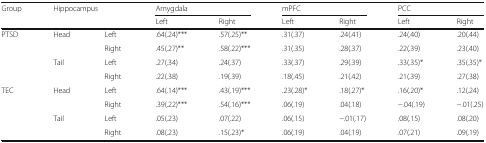
| <ROWSPAN=2> Group | <ROWSPAN=2-COLSPAN=2> Hippocampus | <COLSPAN=2> Amygdala | <COLSPAN=2> mPFC | <COLSPAN=2> PCC |
 | Left | Right | Left | Right | Left | Right |
 | --- | --- | --- | --- | --- | --- | --- | --- | --- |
 | <ROWSPAN=4> PTSD | <ROWSPAN=2> Head | Left | .64(.24)*** | .57(.25)** | .31(.37) | .24(.41) | .24(.40) | .20(.44) |
 | Right | .45(.27)** | .58(.22)*** | .31(.35) | .28(.37) | .22(.39) | .23(.40) |
 | <ROWSPAN=2> Tail | Left | .27(.34) | .24(.37) | .33(.37) | .29(.39) | .33(.35)* | .35(.35)* |
 | Right | .22(.38) | .19(.39) | .18(.45) | .21(.42) | .21(.39) | .27(.38) |
 | <ROWSPAN=4> TEC | <ROWSPAN=2> Head | Left | .64(.14)*** | .43(.19)*** | .23(.28)* | .18(.27)* | .16(.20)* | .12(.24) |
 | Right | .39(.22)*** | .54(.16)*** | .06(.19) | .04(.18) | −.04(.19) | −.01(.25) |
 | <ROWSPAN=2> Tail | Left | .05(.23) | .07(.22) | .06(.15) | −.01(.17) | .08(.15) | .08(.20) |
 | Right | .08(.23) | .15(.23)* | .06(.19) | .04(.19) | .07(.21) | .09(.19) |